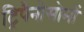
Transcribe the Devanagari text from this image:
ट्रिपैनोसोमों